system: You are a helpful assistant.
user:
Analyze the provided spectrum to determine if it is a **M-type Giant (gM)**.

A M-type Giant spectrum is defined by its **strong molecular absorption** features, particularly from **Titanium Oxide (TiO)**. You must check for one of the following mutually exclusive signatures:

- **Key Visual Indicators (Absorption-Dominated Spectrum):**

    - **(Primary):** The spectrum is dominated by strong molecular absorption from **Titanium Oxide (TiO)**. This is the **defining feature** of its M-type temperature class.
        - **(Key Bandheads):** Look for sharp, "saw-tooth" absorption valleys. The strongest are located near **~7050 Å**, **~6160 Å**, and **~5170 Å**.
        - **(Line Profile):** The "saw-tooth" morphology is critical: a **sharp, steep drop on the BLUE (short-wavelength) side** of the bandhead, followed by a gradual recovery (rising flux) towards the RED (long-wavelength) side.

    - **(Key Confirmation - Giant vs. Dwarf):** **ABSENCE** of strong **Calcium Hydride (CaH)** molecular bands. This is the primary diagnostic for *excluding* M-dwarfs.
        - **(Key Region):** The spectrum should lack the strong, broad absorption band seen in dwarfs between **~6800 Å and ~7000 Å**.

    - **(Secondary Confirmation - Giant):** A very strong and broad **Neutral Calcium (Ca I)** atomic absorption line.
        - **(Key Line):** Located at **~4226 Å**. In a giant (gM), this line is significantly deeper and broader than the same line in an M-dwarf (dM) due to low surface gravity.

    - **(Overall Spectrum):**
        - The continuum is **extremely red-sloping** (i.e., flux is very low in the blue and rises dramatically towards the red).
        - The entire spectrum appears "chopped up" by the deep TiO bands.

Think first, call **spectral_visualization_tool** if needed to examine features in detail, then provide your final answer. Your response must adhere to the following strict rules:
1.  **Overall Structure:** Your response must follow the format `<think>...</think> <tool_call>...</tool_call> (if a tool is used) <answer>...</answer>`.
2.  **Tool Usage Constraint:** You may only make **one** tool call per turn.
3.  **Final Answer Format:** In the `<answer>` tag, your conclusion must be inside a `\boxed{}` command (e.g., `\boxed{YES}` or `\boxed{NO}`), followed by your justification.

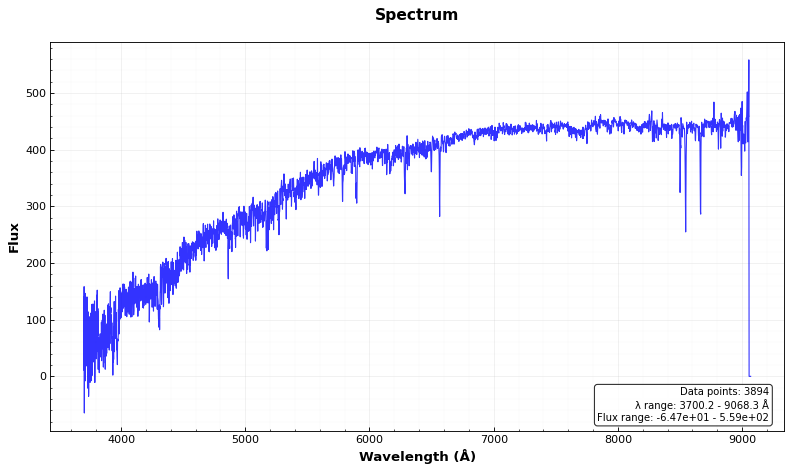
Answer: NO